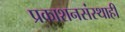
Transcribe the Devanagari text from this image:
प्रकाशनसंस्थाही